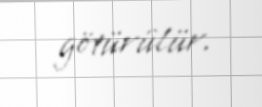
götürülür.